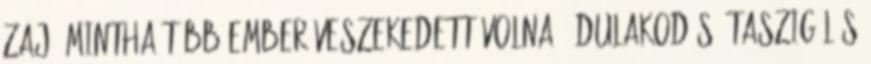
zaj, mintha több ember veszekedett volna - dulakodás, taszigálás